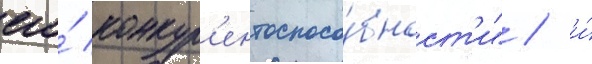
его́ конкур'ентоспосо́бност'и" / и́